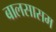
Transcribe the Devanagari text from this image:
बालसासम